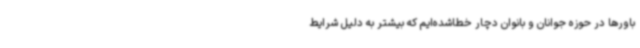
باورها در حوزه جوانان و بانوان دچار خطاشده‌ایم که بیشتر به دلیل شرایط